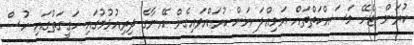
ކުރަން ޖެހޭ މަސައްކަތްތައް އަމިއްލަ އަށް ކުރައްވައިގެން އޭނާގެ ދިރިއުޅުމުގައި ހަގީގަތުގައި ހުސް